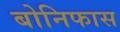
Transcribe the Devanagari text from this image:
बोनिफास